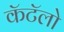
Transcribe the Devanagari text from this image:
कॅटॅलो